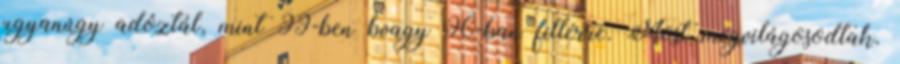
ugyanúgy adóztál, mint 99-ben bvagy 96-ban fillérre. Most megvilágosodtak.